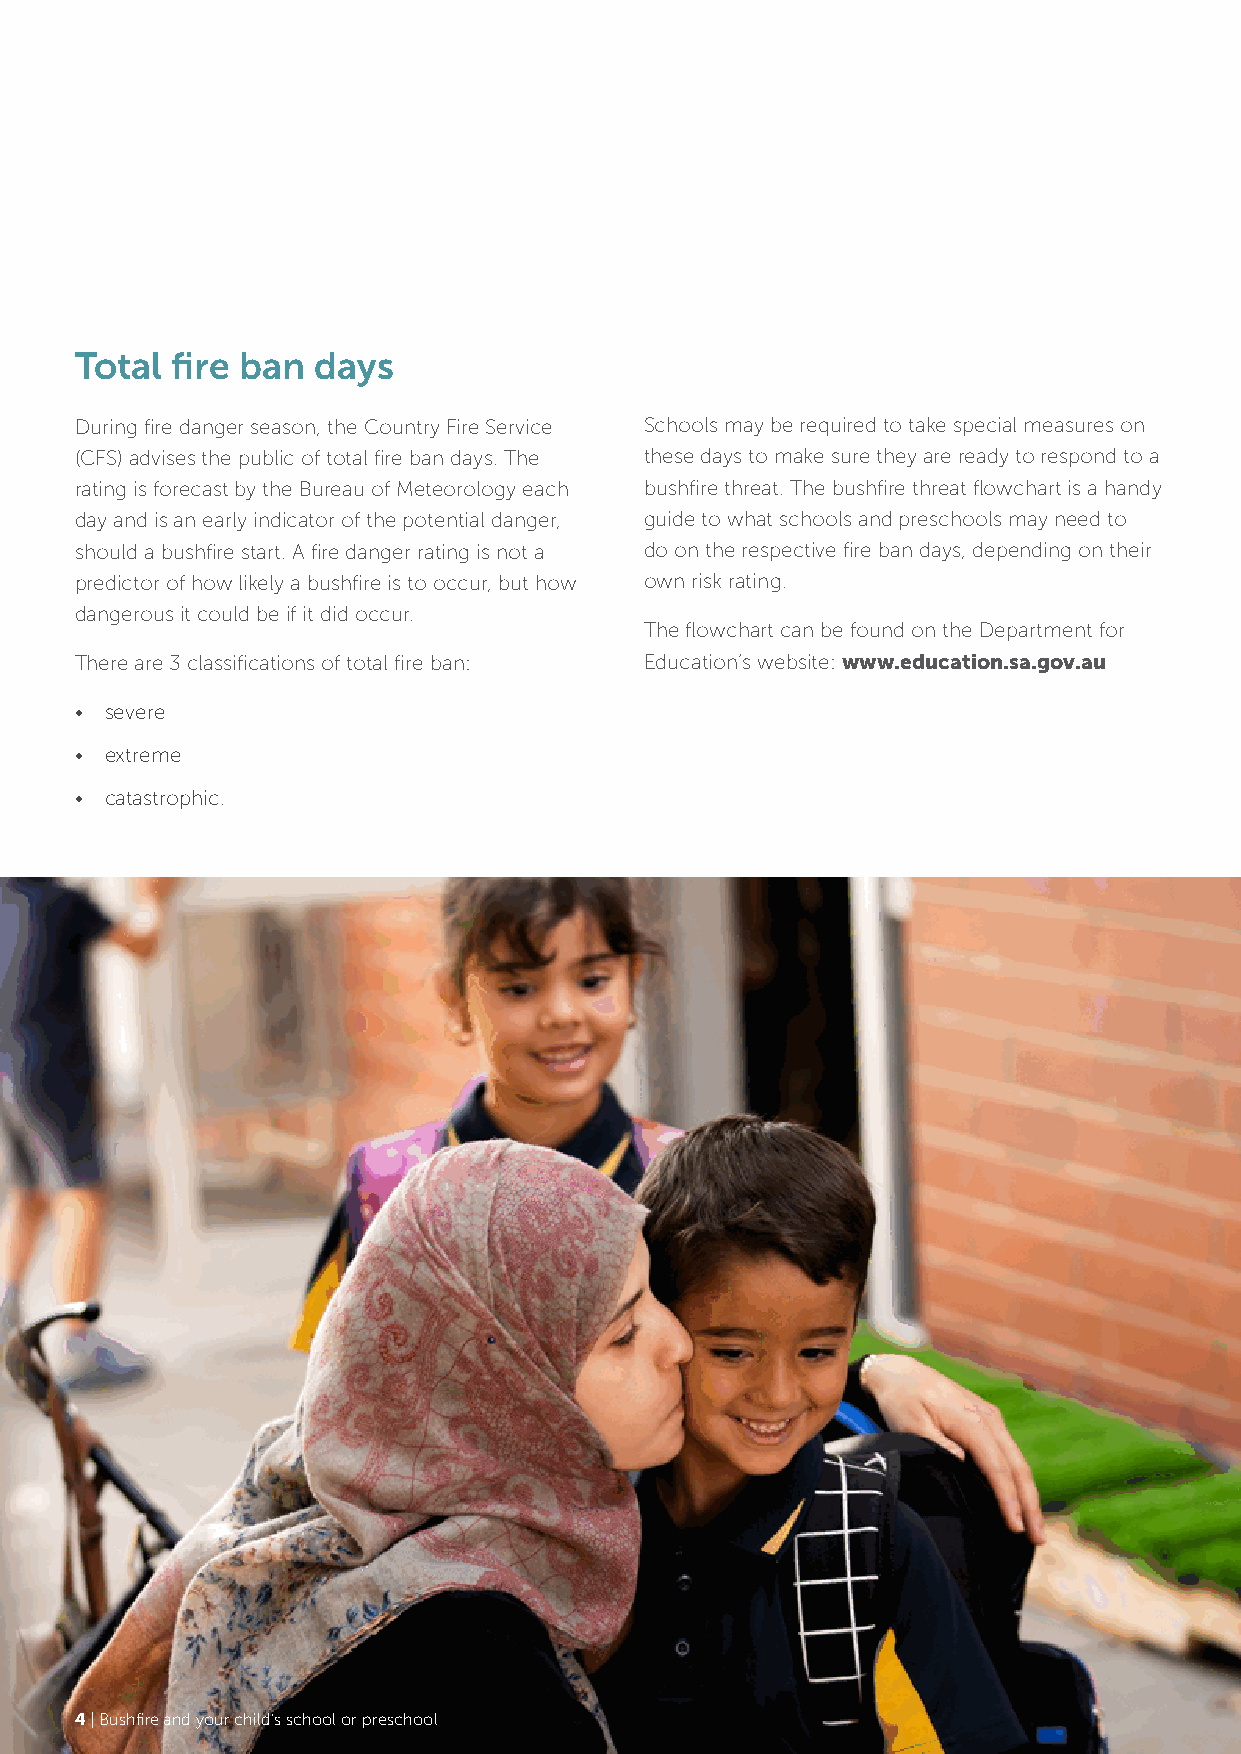
Total fire ban  days
 During fire danger season, the Country Fire Service Schools may be required to take special measures on
 (CFS) advises the public of total fire ban days. The these days to make sure they are ready to respond to a
 rating is forecast by the Bureau of Meteorology each bushfire threat. The bushfire threat flowchart is a handy
 day and is an early indicator of the potential danger, guide to what schools and preschools may need to
 should a bushfire start. A fire danger rating is not a do on the respective fire ban days, depending on their
 predictor of how likely a bushfire is to occur, but how own risk rating.
 dangerous it could be if it did occur.
 The flowchart can be found on the Department for
 There are 3 classifications of total fire ban: Education’s website: www.education.sa.gov.au
 • severe
 • extreme
 • catastrophic.
 4 | Bushfire and your child’s school or preschool